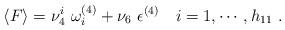
LaTeX: \begin{align*}\langle F\rangle = \nu^i_4\ \omega^{(4)}_i + \nu_6\ {\epsilon}^{(4)}\quad i=1,\cdots, h_{11}\ . \end{align*}